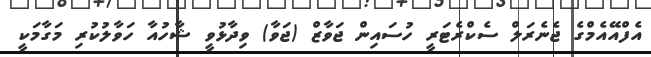
އެފްއޭއެމްގެ ޖެނެރަލް ސެކްރެޓަރީ ހުސައިން ޖަވާޒް (ޖަވާ) ވިދާޅުވީ ޝާހުއާ ހަވާލުކުރި މަގާމަކީ